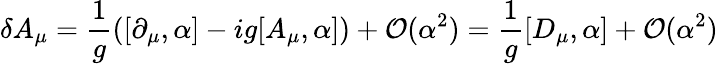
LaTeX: \delta A_{\mu}={\frac{1}{g}}([\partial_{\mu},\alpha]-ig[A_{\mu},\alpha])+{\mathcal{O}}(\alpha^{2})={\frac{1}{g}}[D_{\mu},\alpha]+{\mathcal{O}}(\alpha^{2})